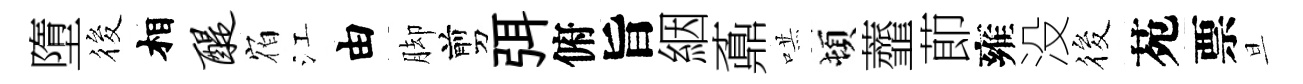
墮筱相醍𪧐江由脚剪弭俯旨絪鼒哄頓虀莭雍没筱苑票旦